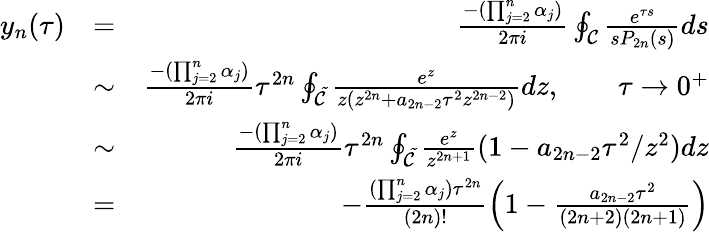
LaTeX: \begin{array}{rlr}{y_{n}(\tau)}&{=}&{\frac{-(\prod_{j=2}^{n}\alpha_{j})}{2\pi i}\oint_{\cal C}\frac{e^{\tau s}}{sP_{2n}(s)}ds}\\ &{\sim}&{\frac{-(\prod_{j=2}^{n}\alpha_{j})}{2\pi i}\tau^{2n}\oint_{\cal\tilde{C}}\frac{e^{z}}{z(z^{2n}+a_{2n-2}\tau^{2}z^{2n-2})}dz,\qquad\tau\rightarrow 0^{+}}\\ &{\sim}&{\frac{-(\prod_{j=2}^{n}\alpha_{j})}{2\pi i}\tau^{2n}\oint_{\cal\tilde{C}}\frac{e^{z}}{z^{2n+1}}(1-a_{2n-2}\tau^{2}/z^{2})dz}\\ &{=}&{-\frac{(\prod_{j=2}^{n}\alpha_{j})\tau^{2n}}{(2n)!}\left(1-\frac{a_{2n-2}\tau^{2}}{(2n+2)(2n+1)}\right)}\end{array}